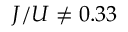
J / U \neq 0 . 3 3